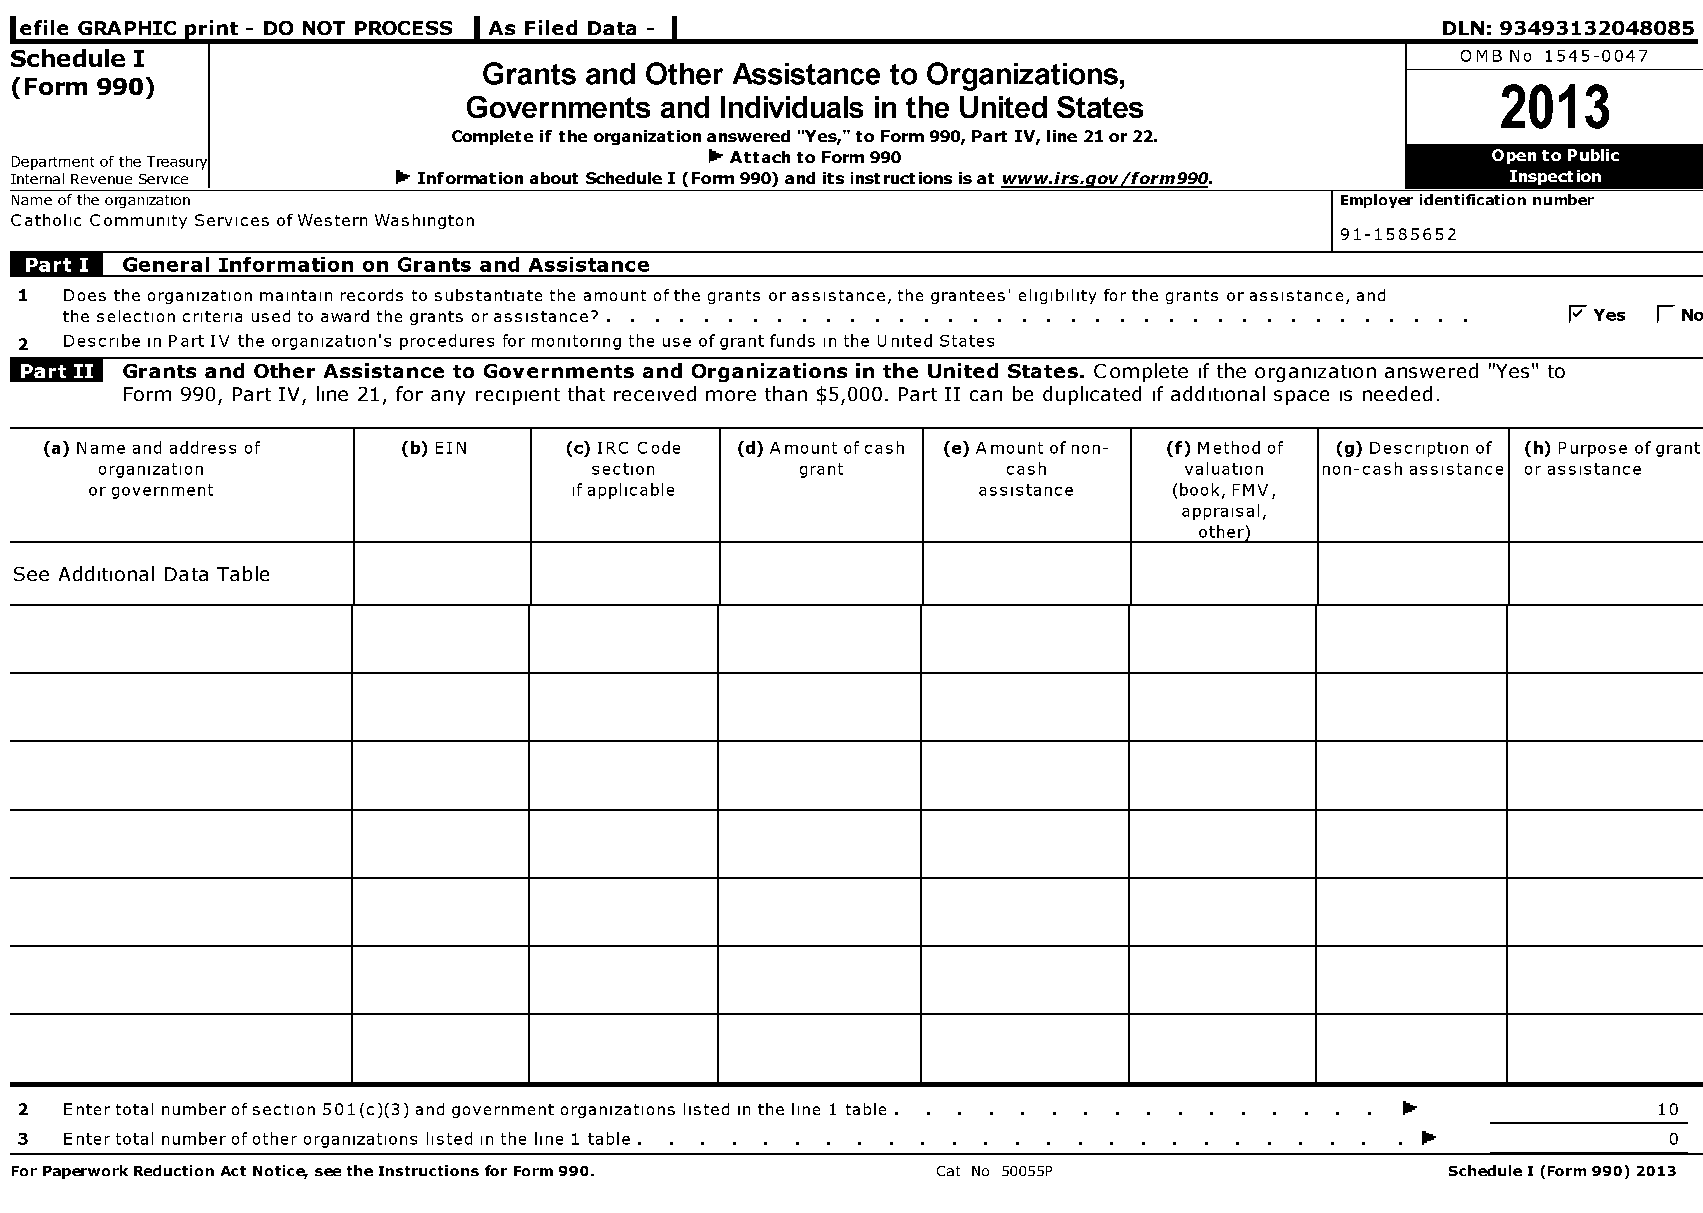
lefile GRAPHIC print - DO NOT PROCESS As Filed Data -                                          DLN: 93493132048085
 Schedule I                                                                                      OMB No 1545-0047
 Grants and Other Assistance to Organizations,
 (Form 990)                                                                                        2013
 Governments  and Individuals in the United States
 Complete if the organization answered "Yes," to Form 990, Part IV, line 21 or 22.
 Department ofthe Treasury                     ► Attach to Form 990                                •
 Internal Revenue Service ► Information about Schedule I (Form 990) and its instructions isat www.irs.gov/form990.
 Name ofthe organization                                                                 Employer identification number
 Catholic Community Services ofWestern Washington
 91-1585652
 jlj^l  General Information on Grants and Assistance
 1  Does the organization maintain records to substantiate the amount ofthe grants or assistance, the grantees' eligibility for the grants or assistance, and
 the selection criteria used to award the grants or assistance? . . . . . . . . . . . . . . . . . . . . . . . . . . . . . . . . . . . . F Yes 1 No
 2  Describe in Part IV the organization's procedures for monitoring the use ofgrant funds in the United States
 Grants and Other Assistance to Governments and Organizations in the United States. Complete if the organization answered "Yes" to
 Form 990, Part IV, line 21, for any recipient that received more than $5,000. Part II can be duplicated if additional space is needed.
 (a) Name and address of (b) EIN    (c) IRC Code (d) Amount ofcash (e) Amount of non- (f) Method of (g) Description of (h) Purpose ofgrant
 organization                    section       grant         cash        valuation non-cash assistance or assistance
 or government                   ifapplicable               assistance   (book, FMV,
 appraisal,
 other)
 See Additional Data Table
 2  Entertotal number ofsection 501(c)(3) and government organizations listed in the line 1 table lik.        10
 3  Entertotal number ofother organizations listed in the line 1 table .                      .                0
 For Paperwork Reduction Act Noticee seethe Instructions for Form 990. Cat No 50055P            Schedule I (Form 990) 2013